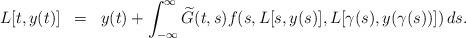
LaTeX: \begin{align*}\begin{array}{rcl}L[t,y(t)]&=&\displaystyle y(t)+\int_{-\infty}^{\infty}\widetilde{G}(t,s)f(s,L[s,y(s)],L[\gamma(s),y(\gamma(s))])\,ds.\\\\\end{array}\end{align*}